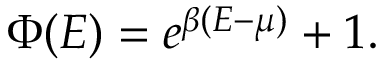
\Phi ( E ) = e ^ { \beta ( E - \mu ) } + 1 .